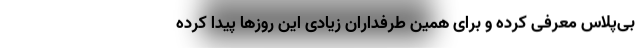
بی‌پلاس معرفی کرده و برای همین طرفداران زیادی این روزها پیدا کرده